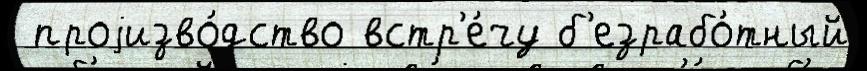
 проjизво́дство встр'е́чу б'езрабо́тный